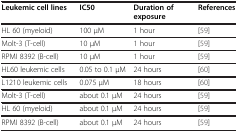
<table><thead><tr><td><b>Leukemic cell lines</b></td><td><b>IC50</b></td><td><b>Duration of exposure</b></td><td><b>References</b></td></tr></thead><tbody><tr><td>HL 60 (myeloid)</td><td>100 μM</td><td>1 hour</td><td>[59]</td></tr><tr><td>Molt-3 (T-cell)</td><td>10 μM</td><td>1 hour</td><td>[59]</td></tr><tr><td>RPMI 8392 (B-cell)</td><td>10 μM</td><td>1 hour</td><td>[59]</td></tr><tr><td>HL60 leukemic cells</td><td>0.05 to 0.1 μM</td><td>24 hours</td><td>[60]</td></tr><tr><td>L1210 leukemic cells</td><td>0.075 μM</td><td>18 hours</td><td>[60]</td></tr><tr><td>Molt-3 (T-cell)</td><td>about 0.1 μM</td><td>24 hours</td><td>[59]</td></tr><tr><td>HL 60 (myeloid)</td><td>about 0.1 μM</td><td>24 hours</td><td>[59]</td></tr><tr><td>RPMI 8392 (B-cell)</td><td>about 0.1 μM</td><td>24 hours</td><td>[59]</td></tr></tbody></table>